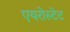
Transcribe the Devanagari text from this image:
एयरोस्टेट